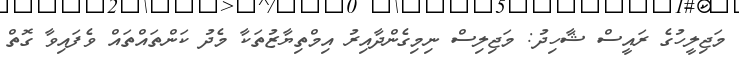
މަޖިލީހުގެ ރައީސް ޝާހިދު: މަޖިލިސް ނިމިގެންދާއިރު އިމްތިޔާޒުތަކާ މެދު ކަންތައްތައް ވެފައިވާ ގޮތް